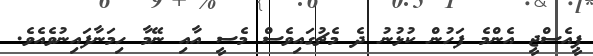
ޕީއެސްޖީ އެންމެ ފަހުން ކުޅުނު ދެ މެޗުގައިވެސް މެސީ އާއި ނޭމާ ހިމަނާފައިނުވެއެވެ.